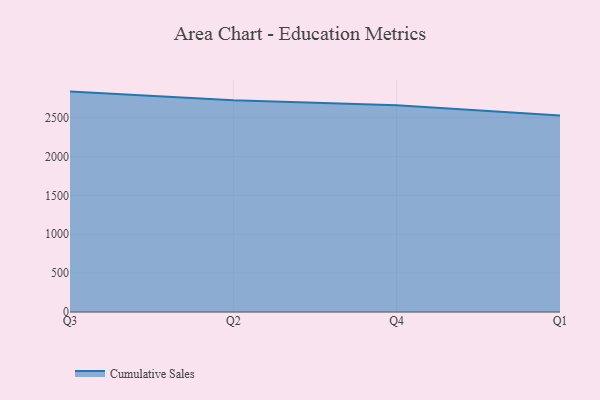
{"axis": {"x": "Quarter", "y": "Headcount"}, "legend": ["Cumulative Sales"], "data": [{"x": "Q3", "y": 2834.8, "type": "Cumulative Sales"}, {"x": "Q2", "y": 2723.3, "type": "Cumulative Sales"}, {"x": "Q4", "y": 2659.0, "type": "Cumulative Sales"}, {"x": "Q1", "y": 2528.4, "type": "Cumulative Sales"}]}